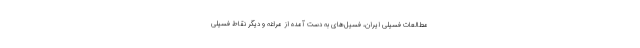
مطالعات فسیلی ایران، فسیل‌های به دست آمده از مراغه و دیگر نقاط فسیلی